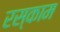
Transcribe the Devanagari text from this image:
रस्काम